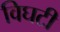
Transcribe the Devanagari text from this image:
विघटी